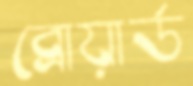
ব্রোয়ার্ড